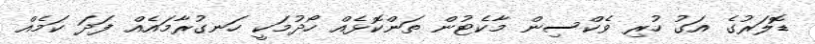
ޑޮލަރުގެ އަގު ހުރި ވެކްސިން މާކެޓުން ތަންކޮޅެއް ހޯދުމަކީ ހަނގުރާމައެއް ފަދަ ކަމެއް